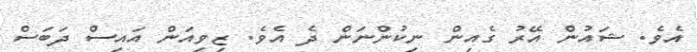
އެވެ. ޝައުން އޭރު ގެއިން ނިކުންނަން ދެ އެވެ. ޒިވިއަން އައިސް ދަބަސް